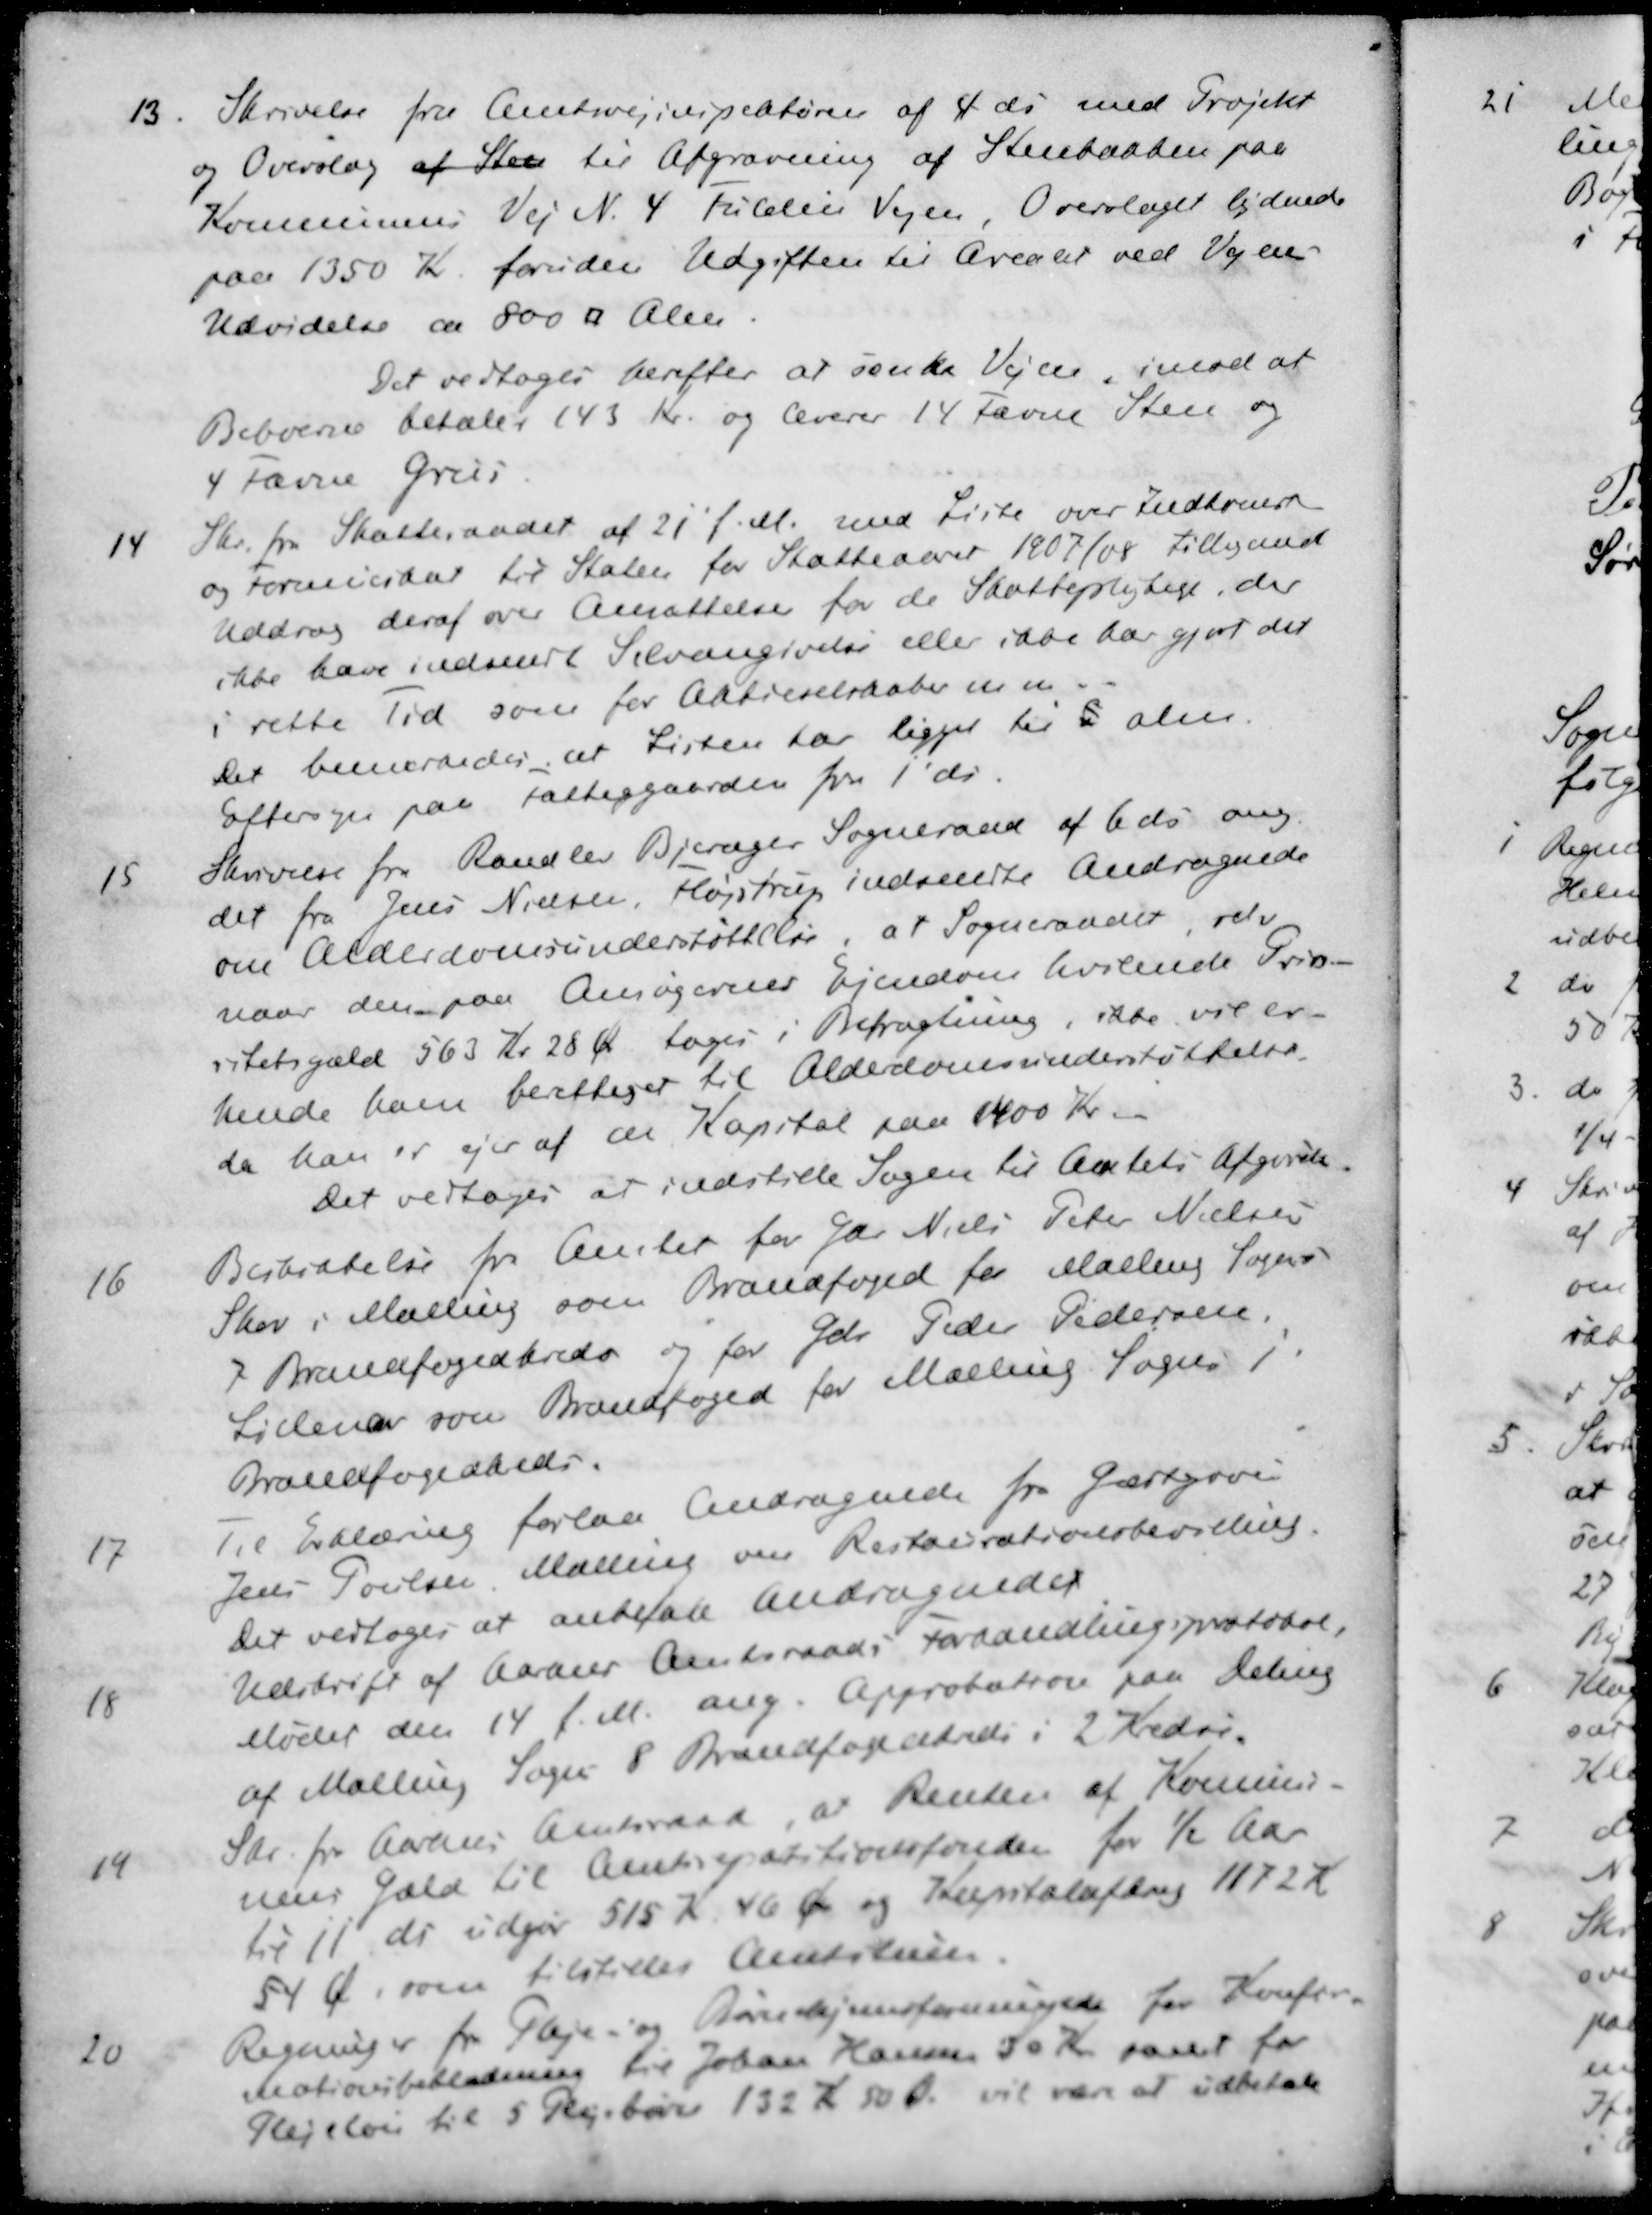
Transskription:
13. Skrivelse fra Amtsvejinspektøren af 4 ds med Projekt
og Overslag af Sten til Afgravning af Stenbaaden paa
Kommunens Vej N. 4 Fulden Vejen. Overslaget lydende
paa 1350 Kr foruden Udgiften til Arealet ved Vejens
Udvidelse af 800 □ Alen.
Det vedtoges herefter at sænke Vejen, imod at
Beboerne betaler 143 Kr. og leverer 14 Favne Sten og
4 favne Grus
14 Skr. fra Skatteraadet af 21' f. M. med Liste over Indkomst
og Formueskat til Staten for Skatteaaret 1907/08 tilligemed
Uddrag deraf over Ansættelse for de Skattepligtige, der 
ikke have indsendt Selvangivelse eller ikke har gjort det
i rette Tid som for Aktieselskaber m. m..
Det bemærkedes, at Listen har ligger til L alm.
Eftersyn paa Fattiggaarden fra 1' ds.
15 Skrivelse fra Randlev Bjerager Sogneraad af 6 ds ang.
det fra Jens Nielsen, Fløjstrup indsendte Andragende
om Alderdomsunderstøttelse, at Sogneraadet, selv
naar den paa Ansøgernes Ejendom hvilende Prio-
ritetsgæld 563 Kr 28 Øre toges i Betragtning, ikke vil er-
kende ham berettiget til Alderdomsunderstøttelse.
da han er ejer af en Kapital paa 1400 Kr.
Det vedtoges at indstille Sagen til Amtets Afgørelse
16 Beskikkelse fra Amtet for Gdr Niels Peter Nielsen
Skov i Malling som Brandfoged for Malling Sogn
7 Brandfogedkreds og for Gdr. Peder Pedersen,
Lillenor som Brandfoged for Malling. Sogns 1'
Brandfogedkreds.
17 Til Erklæring forlaa Andragende fra Gæstgiver
Jens Poulsen Malling om Restaurationsbevilling.
Det vedtoges at anbefale Andragendet
18 Udskrift af Aarhus Amtsraads Forhandlingsprotokol,
Mødet den 14 f.M. ang. Approbation paa deling
af Malling Sogn 8 Brandfogedkreds i 2 Kredse
19 Skr. fra Aarhus Amtsraad, at Renten af Kommu-
nens Gæld til Amtsrepatitionsfonden for ½ Aar
til 11 ds udgør 515 Kr 46 Øre og Kapitalafdrag 1172 K
54 Ø. som tilstilles Amtstuen.
20 Regninger for Pleje- og Børnehjemsforeningen for Konfir-
mationsbeklædning  til Johan Hansen 30 Kr samt for
Plejeløn til 5 Plejebørn 132 Kr 50 Ør vil være at udbetale